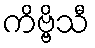
ကိဗ္ဗိသီ